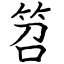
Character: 笤